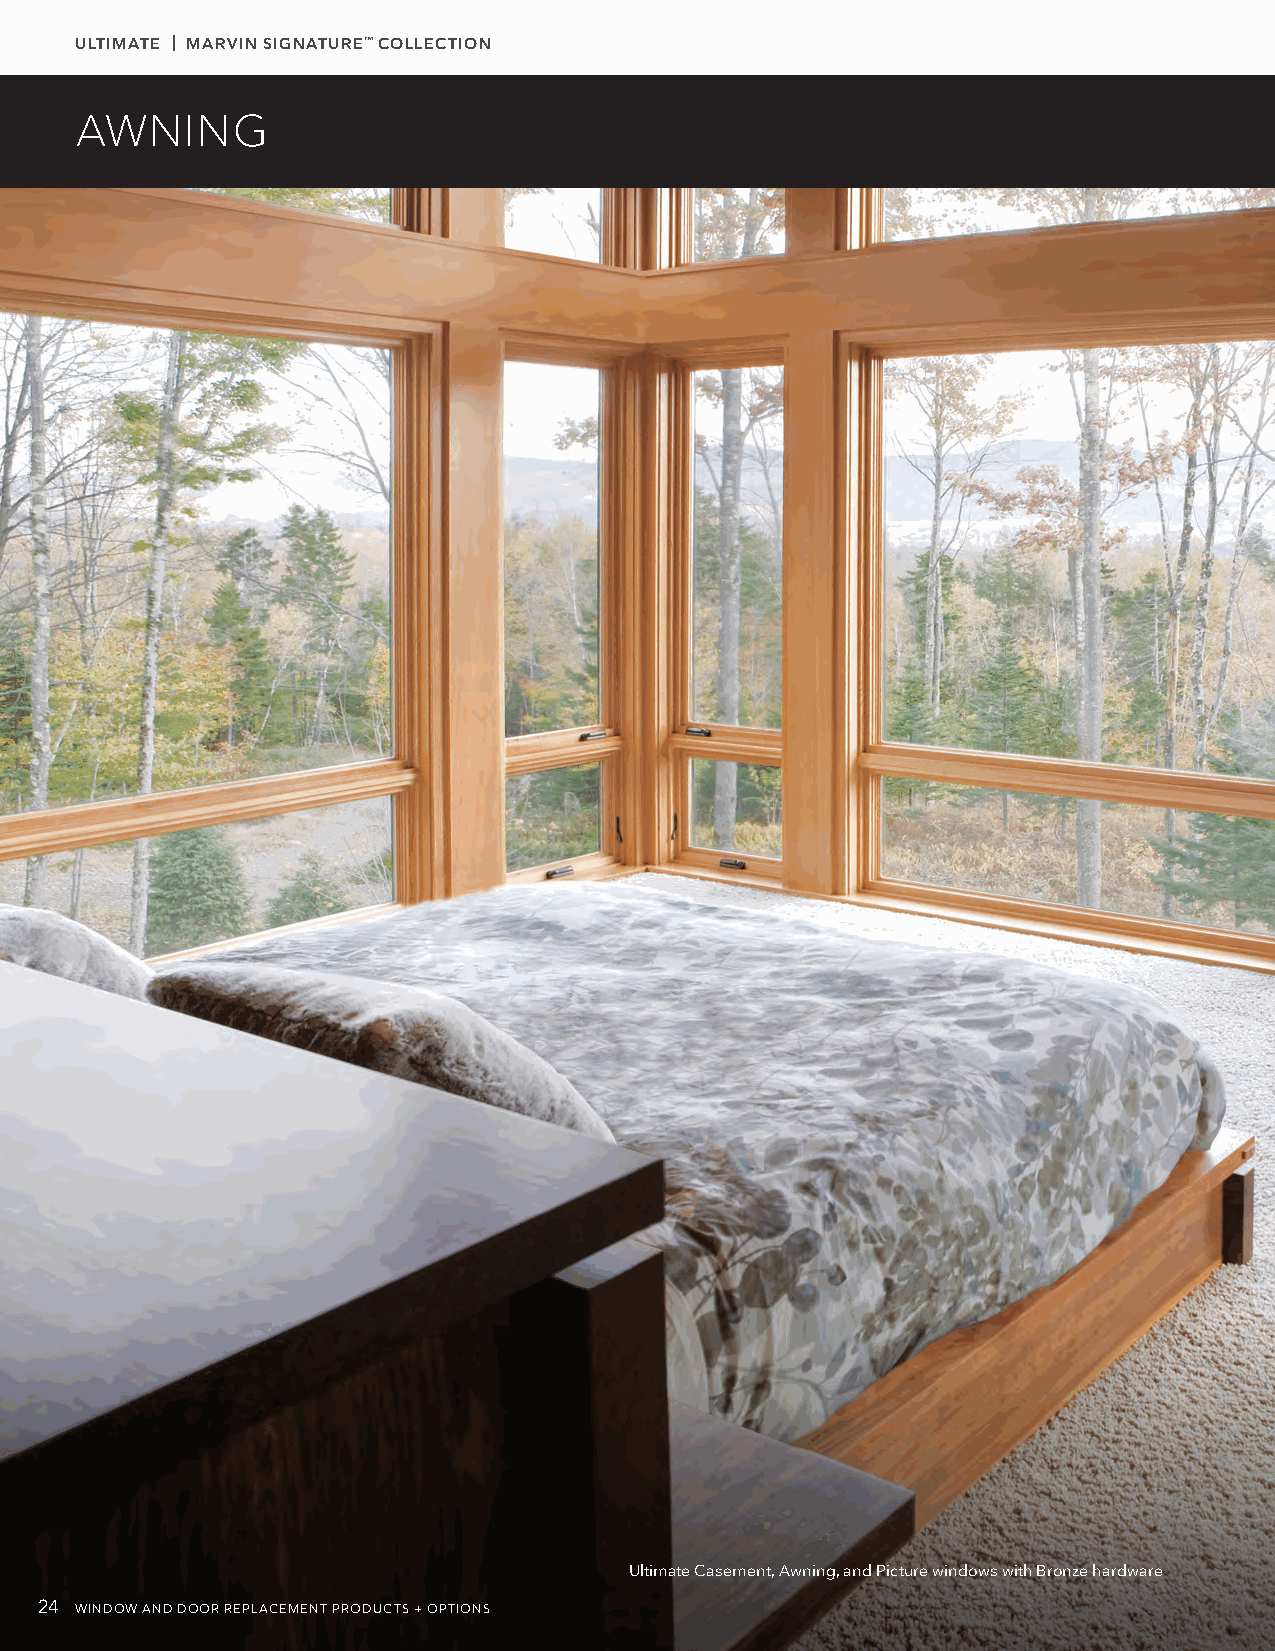
ULTIMATE | MARVIN SIGNATURE™ COLLECTION
 AWNING
 Ultimate Casement, Awning, and Picture windows with Bronze hardware
 24 WINDOW AND DOOR REPLACEMENT PRODUCTS + OPTIONS